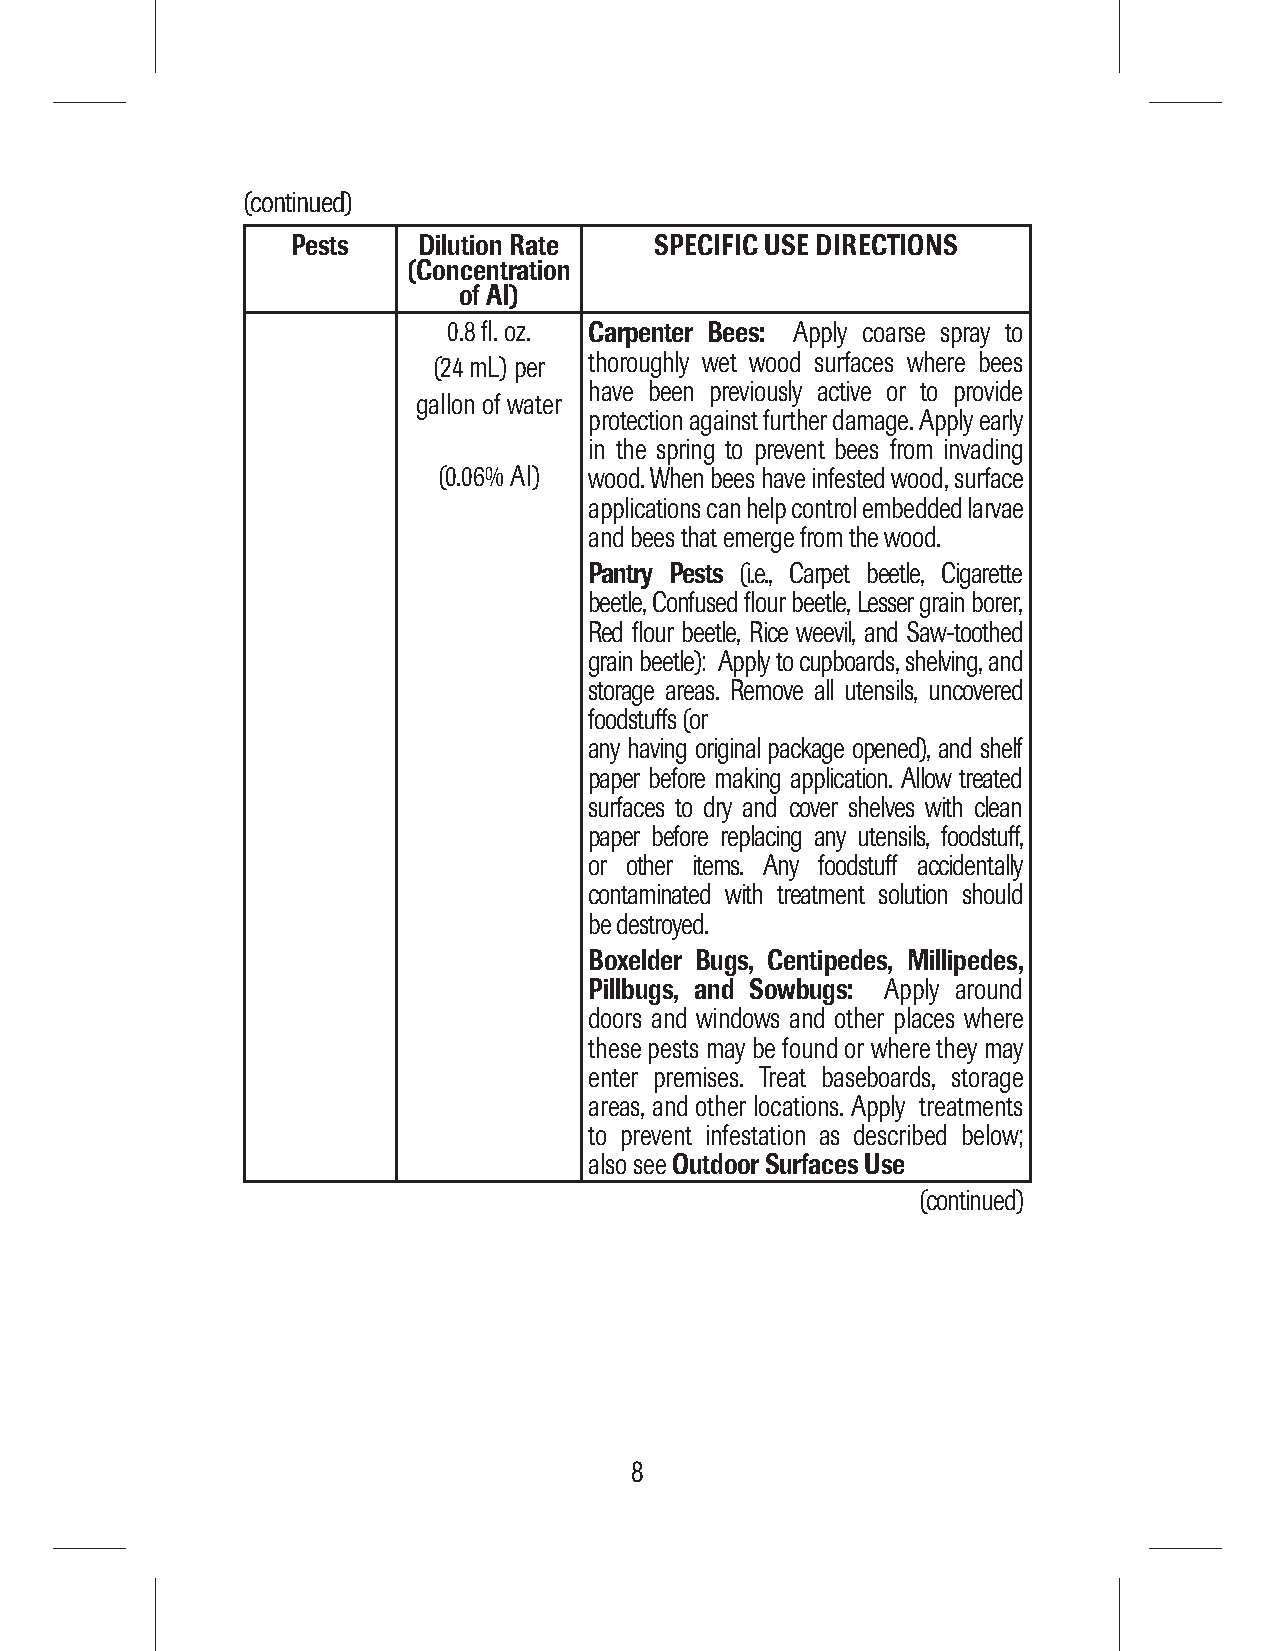
(continued)
 Pests    Dilution Rate  SPECIFIC USE DIRECTIONS
 (Concentration
 of AI)
 0.8 fl. oz. Carpenter Bees: Apply coarse spray to
 (24 mL) per thoroughly wet wood surfaces where bees
 have been previously active or to provide
 gallon of water
 protection against further damage. Apply early
 in the spring to prevent bees from invading
 (0.06% AI) wood. When bees have infested wood, surface
 applications can help control embedded larvae
 and bees that emerge from the wood.
 Pantry Pests (i.e., Carpet beetle, Cigarette
 beetle, Confused flour beetle, Lesser grain borer,
 Red flour beetle, Rice weevil, and Saw-toothed
 grain beetle): Apply to cupboards, shelving, and
 storage areas. Remove all utensils, uncovered
 foodstuffs (or
 any having original package opened), and shelf
 paper before making application. Allow treated
 surfaces to dry and cover shelves with clean
 paper before replacing any utensils, foodstuff,
 or other items. Any foodstuff accidentally
 contaminated with treatment solution should
 be destroyed.
 Boxelder Bugs, Centipedes, Millipedes,
 Pillbugs, and Sowbugs: Apply around
 doors and windows and other places where
 these pests may be found or where they may
 enter premises. Treat baseboards, storage
 areas, and other locations. Apply treatments
 to prevent infestation as described below;
 also see Outdoor Surfaces Use
 (continued)
 8